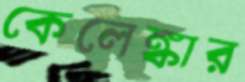
কেলেঙ্কার